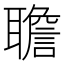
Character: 聸